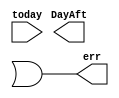
module tod_dayaft (err,DayAft,today);

input [4:0] today;
output [4:0] DayAft;
output err;

wire [4:0] Date,Answer;
wire eq, inp1,inp2;

`ifdef STRUCT
add5 ADD1 (Date,today,5'd2);
comp8 C0 (eq30,{3'd0,today},8'd30);
comp8 C1 (eq31,{3'd0,Date},8'd31);
mux5 M0 (Answer,eq30,5'd1,Date);
mux5 M1 (DayAft,eq31,5'd1,Answer);

comp8 C2 (inp1,8'd0,{3'd0,today});
comp8 C3 (inp2,8'd31,{3'd0,today});
`endif

`ifdef DF

assign Date=today+5'd2;
assign eq30 = {3'd0,today}==8'd30;
assign eq31 = {3'd0,Date}==8'd31;
assign Answer=eq30?5'd2:Date;
assign DayAft=eq31?5'd1:Answer;
assign inp1 = 8'd0=={3'd0,today};
assign inp2 = 8'd31=={3'd0,today};

`endif
or (err,inp1,inp2);
endmodule